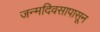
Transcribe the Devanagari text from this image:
जन्मदिवसापासून